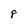
Character: 8